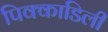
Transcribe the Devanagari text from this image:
पिक्काडिली